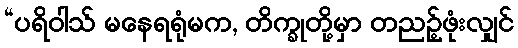
“ပရိဝါသ် မနေရရုံမက, တိက္ခုတို့မှာ တညဉ့်ဖုံးလျှင်